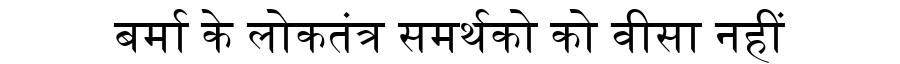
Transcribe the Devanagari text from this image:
बर्मा के लोकतंत्र समर्थको को वीसा नहीं